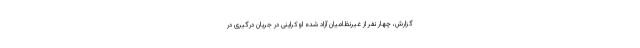
گزارش، چهار نفر از غیرنظامیان آزاد شده اوکراینی در جریان درگیری در